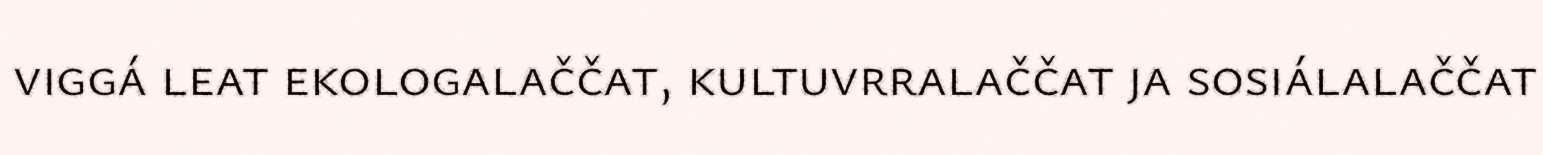
viggá leat ekologalaččat, kultuvrralaččat ja sosiálalaččat